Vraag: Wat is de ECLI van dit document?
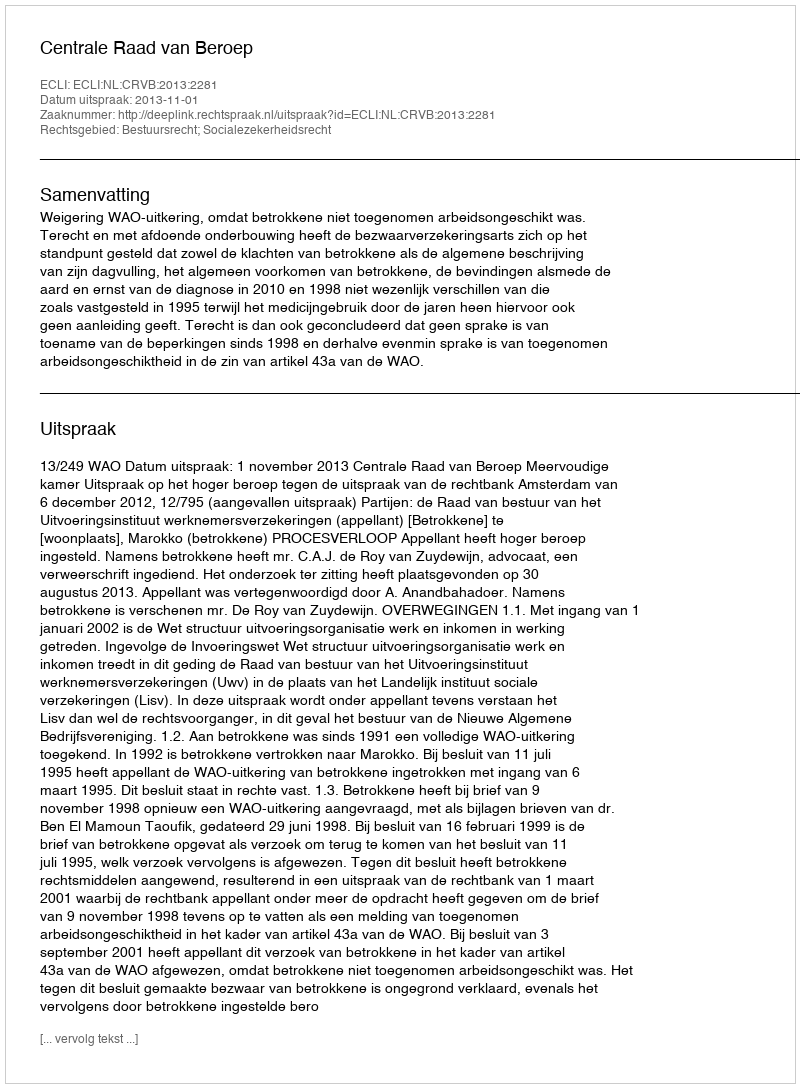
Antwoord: ECLI:NL:CRVB:2013:2281